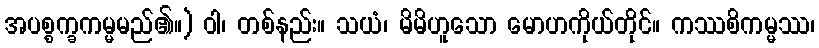
အပစ္စက္ခကမ္မမည်၏။) ဝါ၊ တစ်နည်း။ သယံ၊ မိမိဟူသော မောဟကိုယ်တိုင်။ ကဿစိကမ္မဿ၊